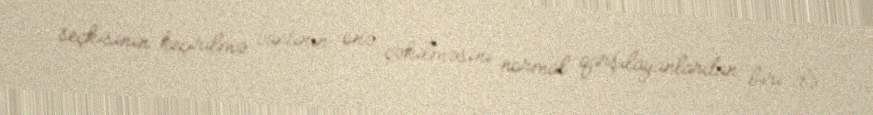
seçkisinin keçirilmə vaxtının önə çəkilməsini normal qarşılayanlardan biri də